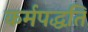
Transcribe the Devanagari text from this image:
कर्मपद्धति